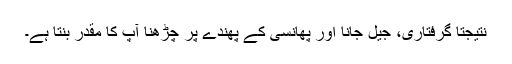
نتیجتاً گرفتاری، جیل جانا اور پھانسی کے پھندے پر چڑھنا آپ کا مقدر بنتا ہے۔